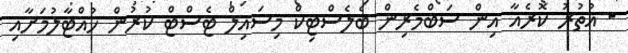
- އުތުރު ކޮރެއާ އިން ސަބްމެރިން ބެލެސްޓިކް މިސައިލް ޓެސްޓް ކުރުން ހުއްޓާލުމަށާއި